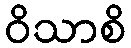
ဝိသာစိ